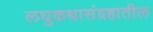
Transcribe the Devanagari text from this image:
लघुकथासंग्रहातील